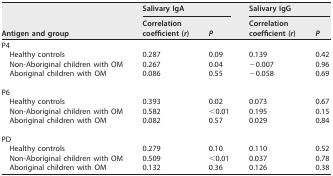
| <ROWSPAN=2> Antigen and group | <COLSPAN=2> Salivary IgA | <COLSPAN=2> Salivary IgG |
 | Correlation coefficient (r) | P | Correlation coefficient (r) | P |
 | --- | --- | --- | --- | --- |
 | P4 |  |  |  |  |
 | Healthy controls | 0.287 | 0.09 | 0.139 | 0.42 |
 | Non-Aboriginal children with OM | 0.267 | 0.04 | −0.007 | 0.96 |
 | Aboriginal children with OM | 0.086 | 0.55 | −0.058 | 0.69 |
 | P6 |  |  |  |  |
 | Healthy controls | 0.393 | 0.02 | 0.073 | 0.67 |
 | Non-Aboriginal children with OM | 0.582 | <0.01 | 0.195 | 0.15 |
 | Aboriginal children with OM | 0.082 | 0.57 | 0.029 | 0.84 |
 | PD |  |  |  |  |
 | Healthy controls | 0.279 | 0.10 | 0.110 | 0.52 |
 | Non-Aboriginal children with OM | 0.509 | <0.01 | 0.037 | 0.78 |
 | Aboriginal children with OM | 0.132 | 0.36 | 0.126 | 0.38 |